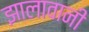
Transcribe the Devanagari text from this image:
झालावानी